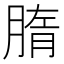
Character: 𦝦